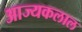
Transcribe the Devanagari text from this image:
आज्यकलाल